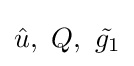
{\hat {u}},\ Q,\ {\tilde {g_{1}}}